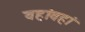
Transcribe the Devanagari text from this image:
वहांवहां